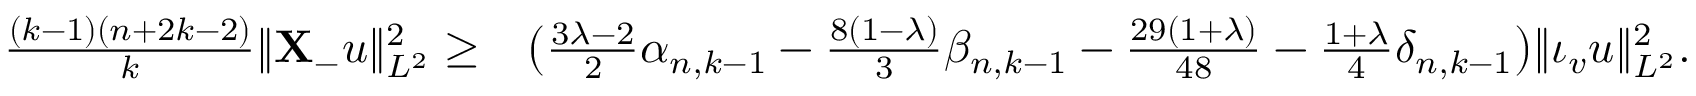
\begin{array} { r l } { \frac { ( k - 1 ) ( n + 2 k - 2 ) } { k } \| \mathbf { X } _ { - } u \| _ { L ^ { 2 } } ^ { 2 } \geq } & { \big ( \frac { 3 \lambda - 2 } { 2 } \alpha _ { n , k - 1 } - \frac { 8 ( 1 - \lambda ) } { 3 } \beta _ { n , k - 1 } - \frac { 2 9 ( 1 + \lambda ) } { 4 8 } - \frac { 1 + \lambda } { 4 } \delta _ { n , k - 1 } \big ) \| \iota _ { v } u \| _ { L ^ { 2 } } ^ { 2 } . } \end{array}